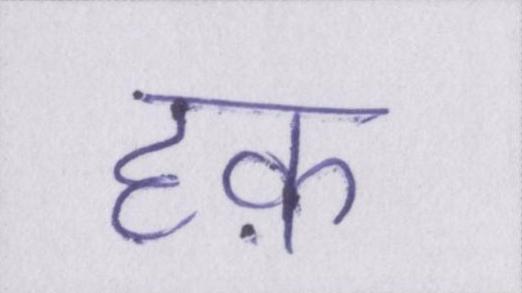
हक़